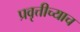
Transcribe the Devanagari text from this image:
प्रवृत्तीच्याच